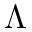
\Lambda